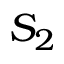
S _ { 2 }